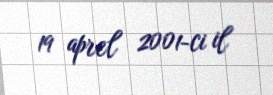
19 aprel 2001-ci il